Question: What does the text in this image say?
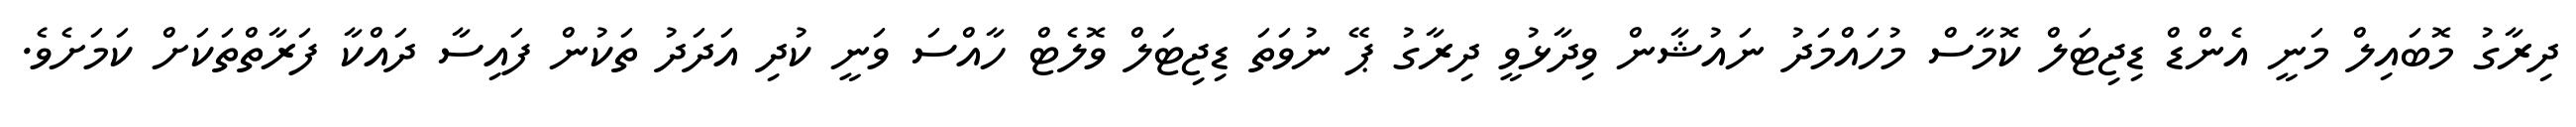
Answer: ދިރާގު މޮބައިލް މަނީ އެންޑް ޑިޖިޓަލް ކޮމާސް މުހައްމަދު ނައުޝާން ވިދާޅުވީ ދިރާގު ޕޭ ނުވަތަ ޑިޖިޓަލް ވޮލެޓް ހާއްސަ ވަނީ ކުދި އަދަދު ތަކުން ފައިސާ ދައްކާ ފަރާތްތަކަށް ކަމަށެވެ.